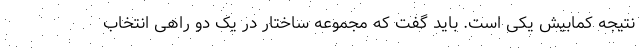
نتیجه کمابیش یکی است. باید گفت که مجموعه ساختار در یک دو راهی انتخاب